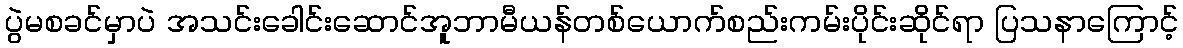
ပွဲမစခင်မှာပဲ အသင်းခေါင်းဆောင်အူဘာမီယန်တစ်ယောက်စည်းကမ်းပိုင်းဆိုင်ရာ ပြသနာကြောင့်